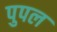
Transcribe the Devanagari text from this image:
पुपल